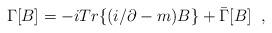
LaTeX: \begin{align*}\Gamma\lbrack B\rbrack =-i Tr\lbrace (i\slash\partial-m)B\rbrace+\bar\Gamma[B]\; \;,\end{align*}